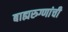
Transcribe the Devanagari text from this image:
बाह्यरुग्णांची